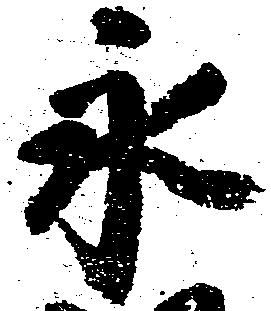
永